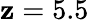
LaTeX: \mathbf{z}=5.5